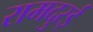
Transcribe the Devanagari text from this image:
रामदुरई